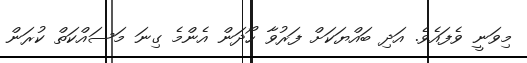
މިވަނީ ވެފައެވެ. އަދި ބައްޔަކަށް ފަރުވާ ހޯދަން އެންމެ ގިނަ މަސައްކަތް ކުރަން